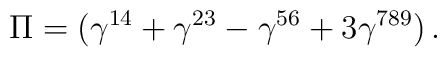
\Pi=(\gamma^{14}+\gamma^{23}-\gamma^{56}+3\gamma^{789})\,.